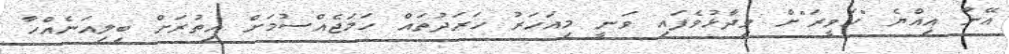
އޭނާ އިއްޔެ "ހަވީރަ"ށް ވިދާޅުވެފައި ވަނީ މިއަހަރު ހަރަދުތައް ހަމަޖެއްސުމަށް އިތުރަށް ބިލިއަނެއްހާ